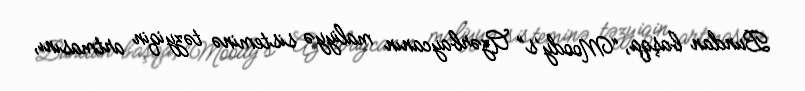
Bundan başqa, “Moody’s” Azərbaycanın maliyyə sisteminə təzyiqin artmasını,